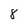
Character: 8